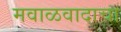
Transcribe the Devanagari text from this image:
मवाळवादाचा